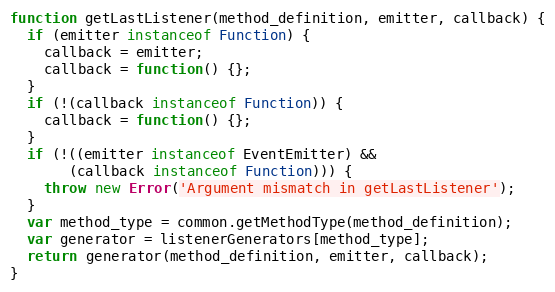
Language: JavaScript
function getLastListener(method_definition, emitter, callback) {
  if (emitter instanceof Function) {
    callback = emitter;
    callback = function() {};
  }
  if (!(callback instanceof Function)) {
    callback = function() {};
  }
  if (!((emitter instanceof EventEmitter) &&
       (callback instanceof Function))) {
    throw new Error('Argument mismatch in getLastListener');
  }
  var method_type = common.getMethodType(method_definition);
  var generator = listenerGenerators[method_type];
  return generator(method_definition, emitter, callback);
}